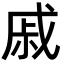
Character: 戚